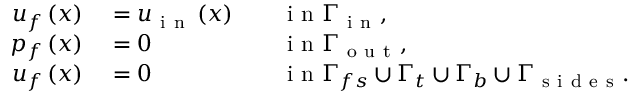
\begin{array} { r l r l } { \boldsymbol { u } _ { f } \left( \boldsymbol { x } \right) } & { { } = \boldsymbol { u } _ { \mathrm { ~ i ~ n ~ } } \left( \boldsymbol { x } \right) } & { } & { { } \mathrm { ~ i ~ n ~ } \Gamma _ { \mathrm { ~ i ~ n ~ } } , } \\ { p _ { f } \left( \boldsymbol { x } \right) } & { { } = 0 } & { } & { { } \mathrm { ~ i ~ n ~ } \Gamma _ { \mathrm { ~ o ~ u ~ t ~ } } , } \\ { \boldsymbol { u } _ { f } \left( \boldsymbol { x } \right) } & { { } = 0 } & { } & { { } \mathrm { ~ i ~ n ~ } \Gamma _ { f s } \cup \Gamma _ { t } \cup \Gamma _ { b } \cup \Gamma _ { \mathrm { ~ s ~ i ~ d ~ e ~ s ~ } } . } \end{array}